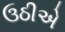
ઉઠીએ